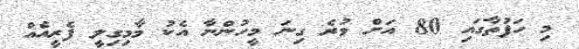
މި ހަފުތާގައި 80 އަށް ވުރެ ގިނަ މީހުންނާ އެކު މާމިގިލީ ފެރީއެއް